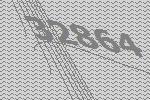
32864